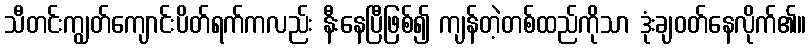
သီတင်းကျွတ်ကျောင်းပိတ်ရက်ကလည်း နီးနေပြီဖြစ်၍ ကျန်တဲ့တစ်ထည်ကိုသာ ဒုံးချဝတ်နေလိုက်၏။